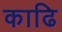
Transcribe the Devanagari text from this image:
काढि